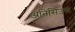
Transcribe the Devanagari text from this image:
अनिसिउस